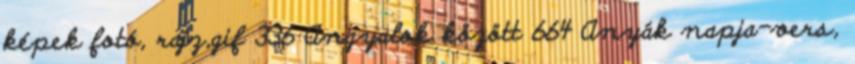
képek fotó, rajz,gif 336 Angyalok között 664 Anyák napja-vers,